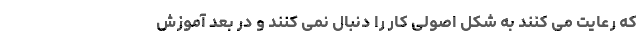
که رعایت می کنند به شکل اصولی کار را دنبال نمی کنند و در بعد آموزش